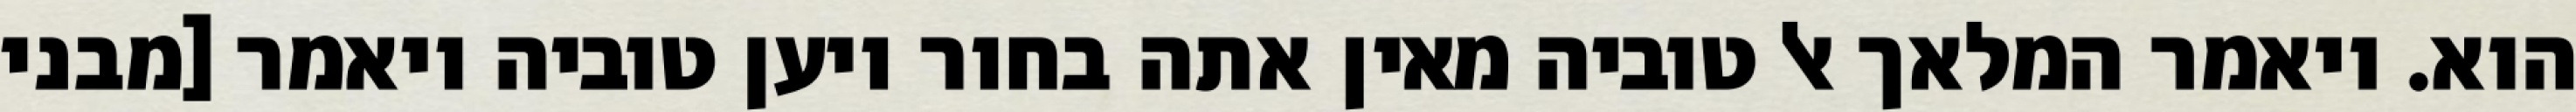
הוא. ויאמר המלאך אל טוביה מאין אתה בחור ויען טוביה ויאמר [מבני